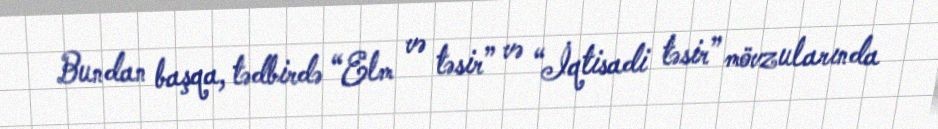
Bundan başqa, tədbirdə “Elm və təsir” və “İqtisadi təsir” mövzularında